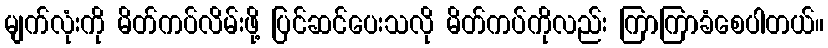
မျက်လုံးကို မိတ်ကပ်လိမ်းဖို့ ပြင်ဆင်ပေးသလို မိတ်ကပ်ကိုလည်း ကြာကြာခံစေပါတယ်။